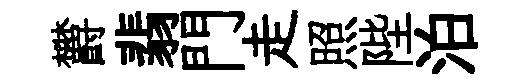
欝翡門走照陛泊